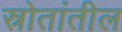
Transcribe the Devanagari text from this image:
स्रोतांतील